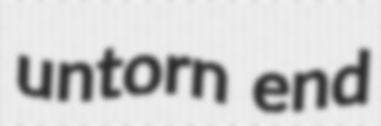
untorn end